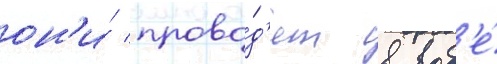
он'и́ прово́д'ят в вод'е́